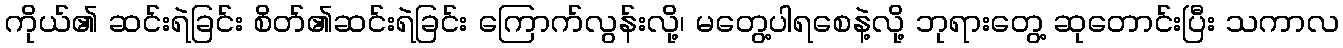
ကိုယ်၏ ဆင်းရဲခြင်း စိတ်၏ဆင်းရဲခြင်း ကြောက်လွန်းလို့၊ မတွေ့ပါရစေနဲ့လို့ ဘုရားတွေ့ ဆုတောင်းပြီး သကာလ